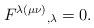
LaTeX: \begin{align*}F^{\lambda (\mu \nu )}{}_{,\lambda }=0. \end{align*}